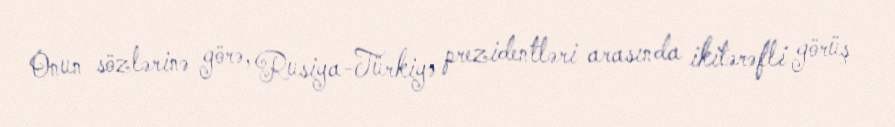
Onun sözlərinə görə, Rusiya-Türkiyə prezidentləri arasında ikitərəfli görüş